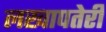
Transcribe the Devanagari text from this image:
लखापतेरी